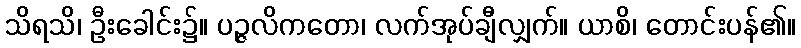
သိရသိ၊ ဦးခေါင်း၌။ ပဉ္ဇလိကတော၊ လက်အုပ်ချီလျှက်။ ယာစိ၊ တောင်းပန်၏။